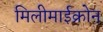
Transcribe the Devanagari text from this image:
मिलीमाईक्रोन